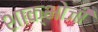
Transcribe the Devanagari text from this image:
शाक्भोजी